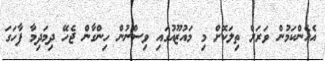
އެހެންކަމުން ވަރަށް ތިލަކޮށް މި މައުޒޫއުގައި ވިސްނުން ހިންގާން ޖެހޭ ދިމަދިމާ ފާހަގަ